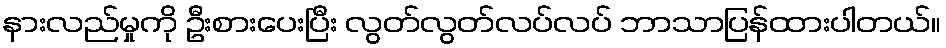
နားလည်မှုကို ဦးစားပေးပြီး လွတ်လွတ်လပ်လပ် ဘာသာပြန်ထားပါတယ်။